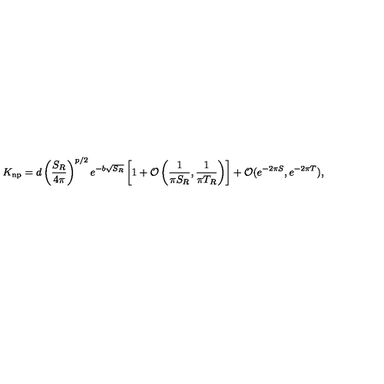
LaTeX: K _ { \mathrm { n p } } = d \left( \frac { S _ { R } } { 4 \pi } \right) ^ { p / 2 } e ^ { - b \sqrt { S _ { R } } } \left[ 1 + { \cal O } \left( \frac { 1 } { \pi S _ { R } } , \frac { 1 } { \pi T _ { R } } \right) \right] + { \cal O } ( e ^ { - 2 \pi S } , e ^ { - 2 \pi T } ) ,